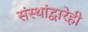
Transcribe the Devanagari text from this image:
संस्थांद्वारेही